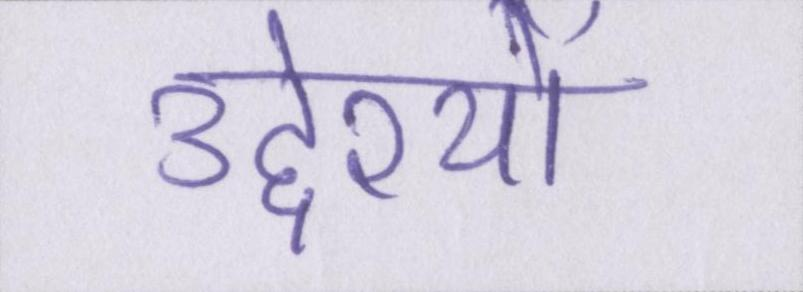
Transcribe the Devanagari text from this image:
उद्देश्यों